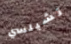
تشيلسي